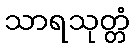
သာရသုတ္တံ